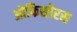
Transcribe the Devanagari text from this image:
ओफिसोरस